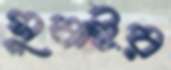
সুবাইর